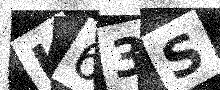
Text: K63S